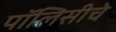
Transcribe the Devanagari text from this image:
पॉलिसीचे